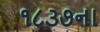
૧૮૩૭ના